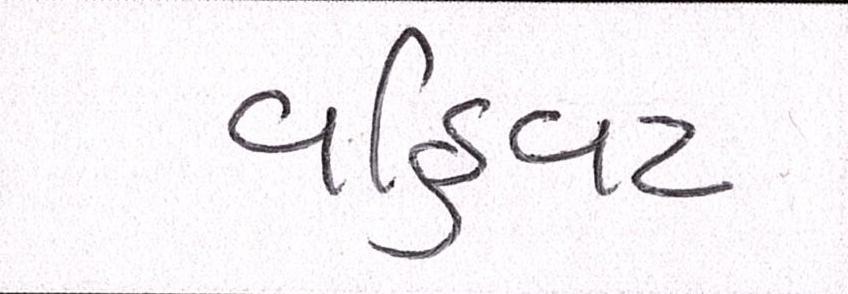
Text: વહિવટ